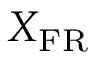
X _ { \mathrm { F R } }